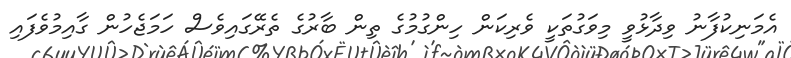
އެމަނިކުފާނު ވިދާޅުވީ މިވަގުތަކީ ވެރިކަން ހިންގުމުގެ ތިން ބާރުގެ ތެރޭގައިވެސް ހަމަޖެހުން ގާއިމުވެފައި